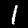
Label: 1